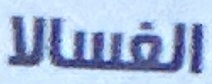
الغسالا